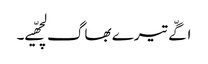
اگّے تیرے بھاگ لچھّیے۔